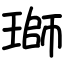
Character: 瑡